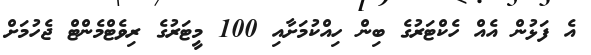
އެ ފަޅުން އެއް ހެކްޓަރުގެ ބިން ހިއްކުމަށާއި 100 މީޓަރުގެ ރިވެޓްމެންޓް ޖެހުމަށް